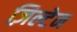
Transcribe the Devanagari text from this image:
ज़िल्टेन